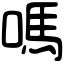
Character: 嗎